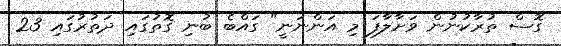
ގޮސް ތުރާކުނުން ވަށާލާފަ މި އަންނަނީ" ގައްބެ ބުނި ގޮތުގައި ދަތުރުގައި 23